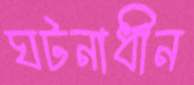
ঘটনাধীন